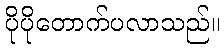
ပိုပိုတောက်ပလာသည်။